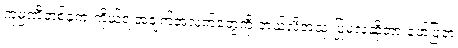
ကုမ္ပဏီတစ်ခုက ကိုယ့်ရဲ့အချက်အလက်တွေကို ဘယ်လိုအသုံးပြုမလဲဆိုတာ ဖော်ပြတဲ့